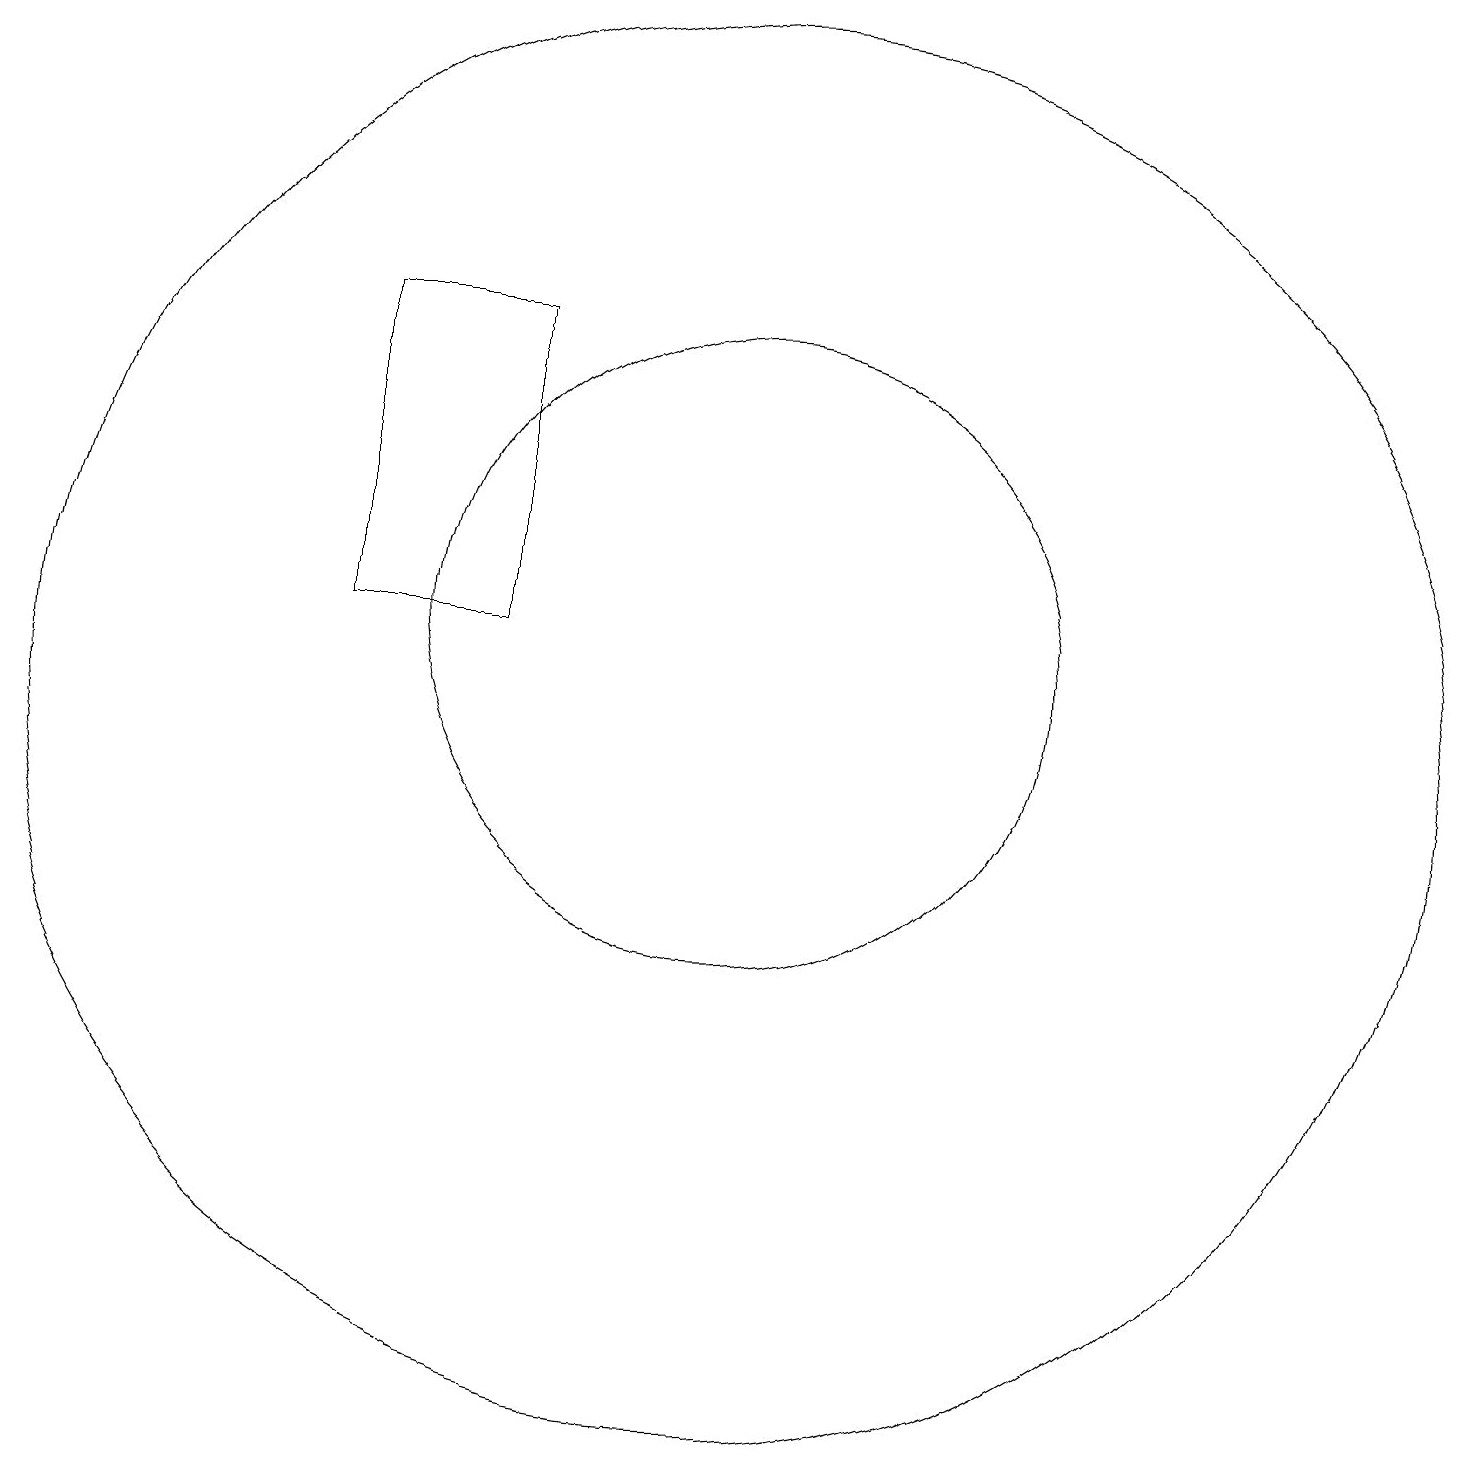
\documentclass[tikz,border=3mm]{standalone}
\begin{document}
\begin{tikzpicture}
\draw (10,12) circle (4);
\draw (7,16) rectangle (5,12);
\draw (10,11) circle (9);
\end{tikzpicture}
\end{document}